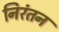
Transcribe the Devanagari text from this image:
निरंतन